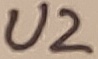
Text: U2